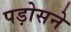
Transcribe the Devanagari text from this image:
पड़ोसने